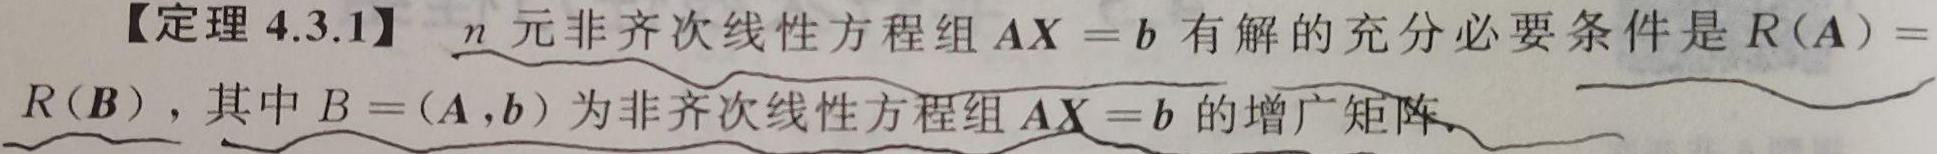
【定理 4.3.1】$n$ 元非齐次线性方程组 $\boldsymbol{A}\boldsymbol{X}=\boldsymbol{b}$ 有解的充分必要条件是 $R(\boldsymbol{A}) = R(\boldsymbol{B})$，其中 $\boldsymbol{B}=(\boldsymbol{A},\boldsymbol{b})$ 为非齐次线性方程组 $\boldsymbol{A}\boldsymbol{X}=\boldsymbol{b}$ 的增广矩阵.